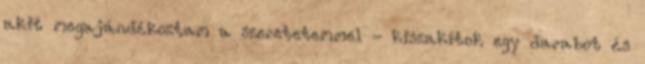
akit megajándékoztam a szeretetemmel - kiszakítok egy darabot és